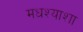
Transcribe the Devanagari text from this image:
मधश्याशा